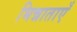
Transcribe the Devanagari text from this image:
भिन्नाताएँ